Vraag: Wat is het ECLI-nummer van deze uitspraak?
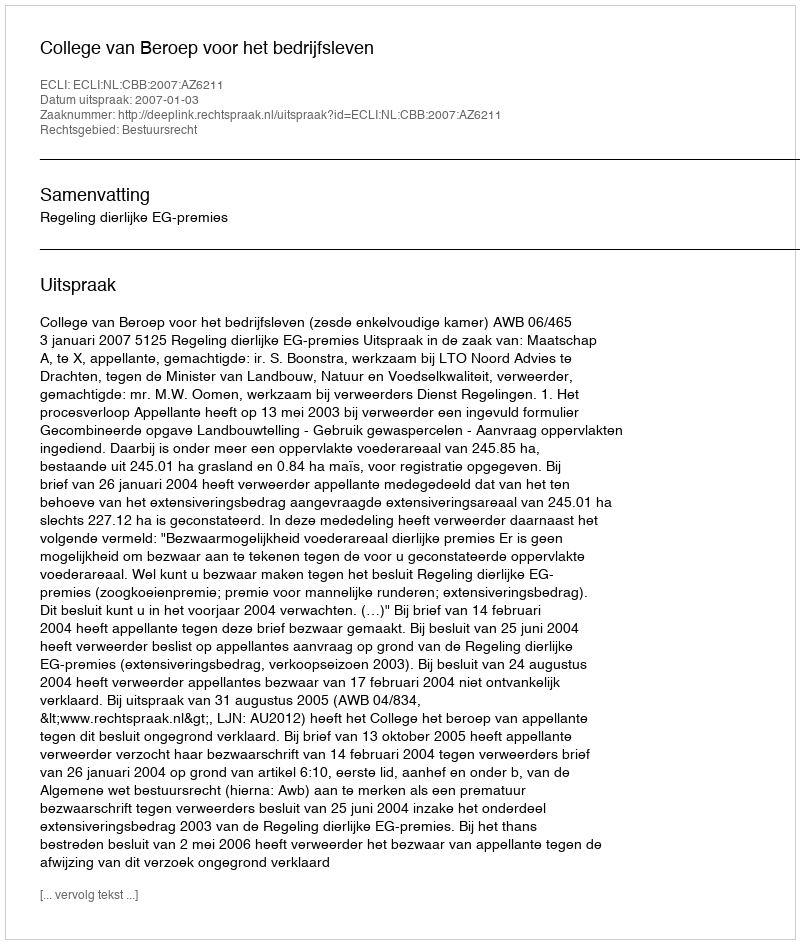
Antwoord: ECLI:NL:CBB:2007:AZ6211